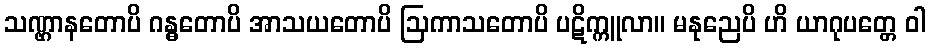
သဏ္ဌာနတောပိ ဂန္ဓတောပိ အာသယတောပိ ဩကာသတောပိ ပဋိက္ကူလာ။ မနုညေပိ ဟိ ယာဂုပတ္တေ ဝါ